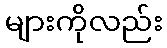
များကိုလည်း